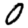
Digit: 0